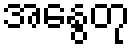
အနွေတု